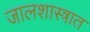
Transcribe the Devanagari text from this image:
जालशास्त्रात